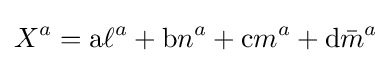
X^{a}=\mathrm {a} \ell ^{a}+\mathrm {b} n^{a}+\mathrm {c} m^{a}+\mathrm {d} {\bar {m}}^{a}